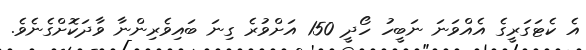
އެ ކެޓަގަރީގެ އެއްވަނަ ނަބީހު ހޯދީ 150 އަށްވުރެ ގިނަ ބައިވެރިންނާ ވާދަކޮށްގެނެވެ.